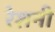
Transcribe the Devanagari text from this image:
रेशनी